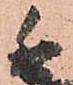
相